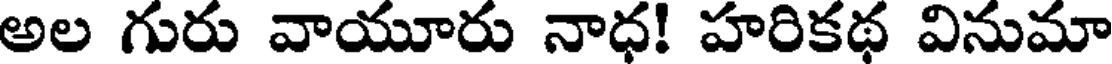
అల గురు వాయూరు నాధ! హరికథ వినుమా